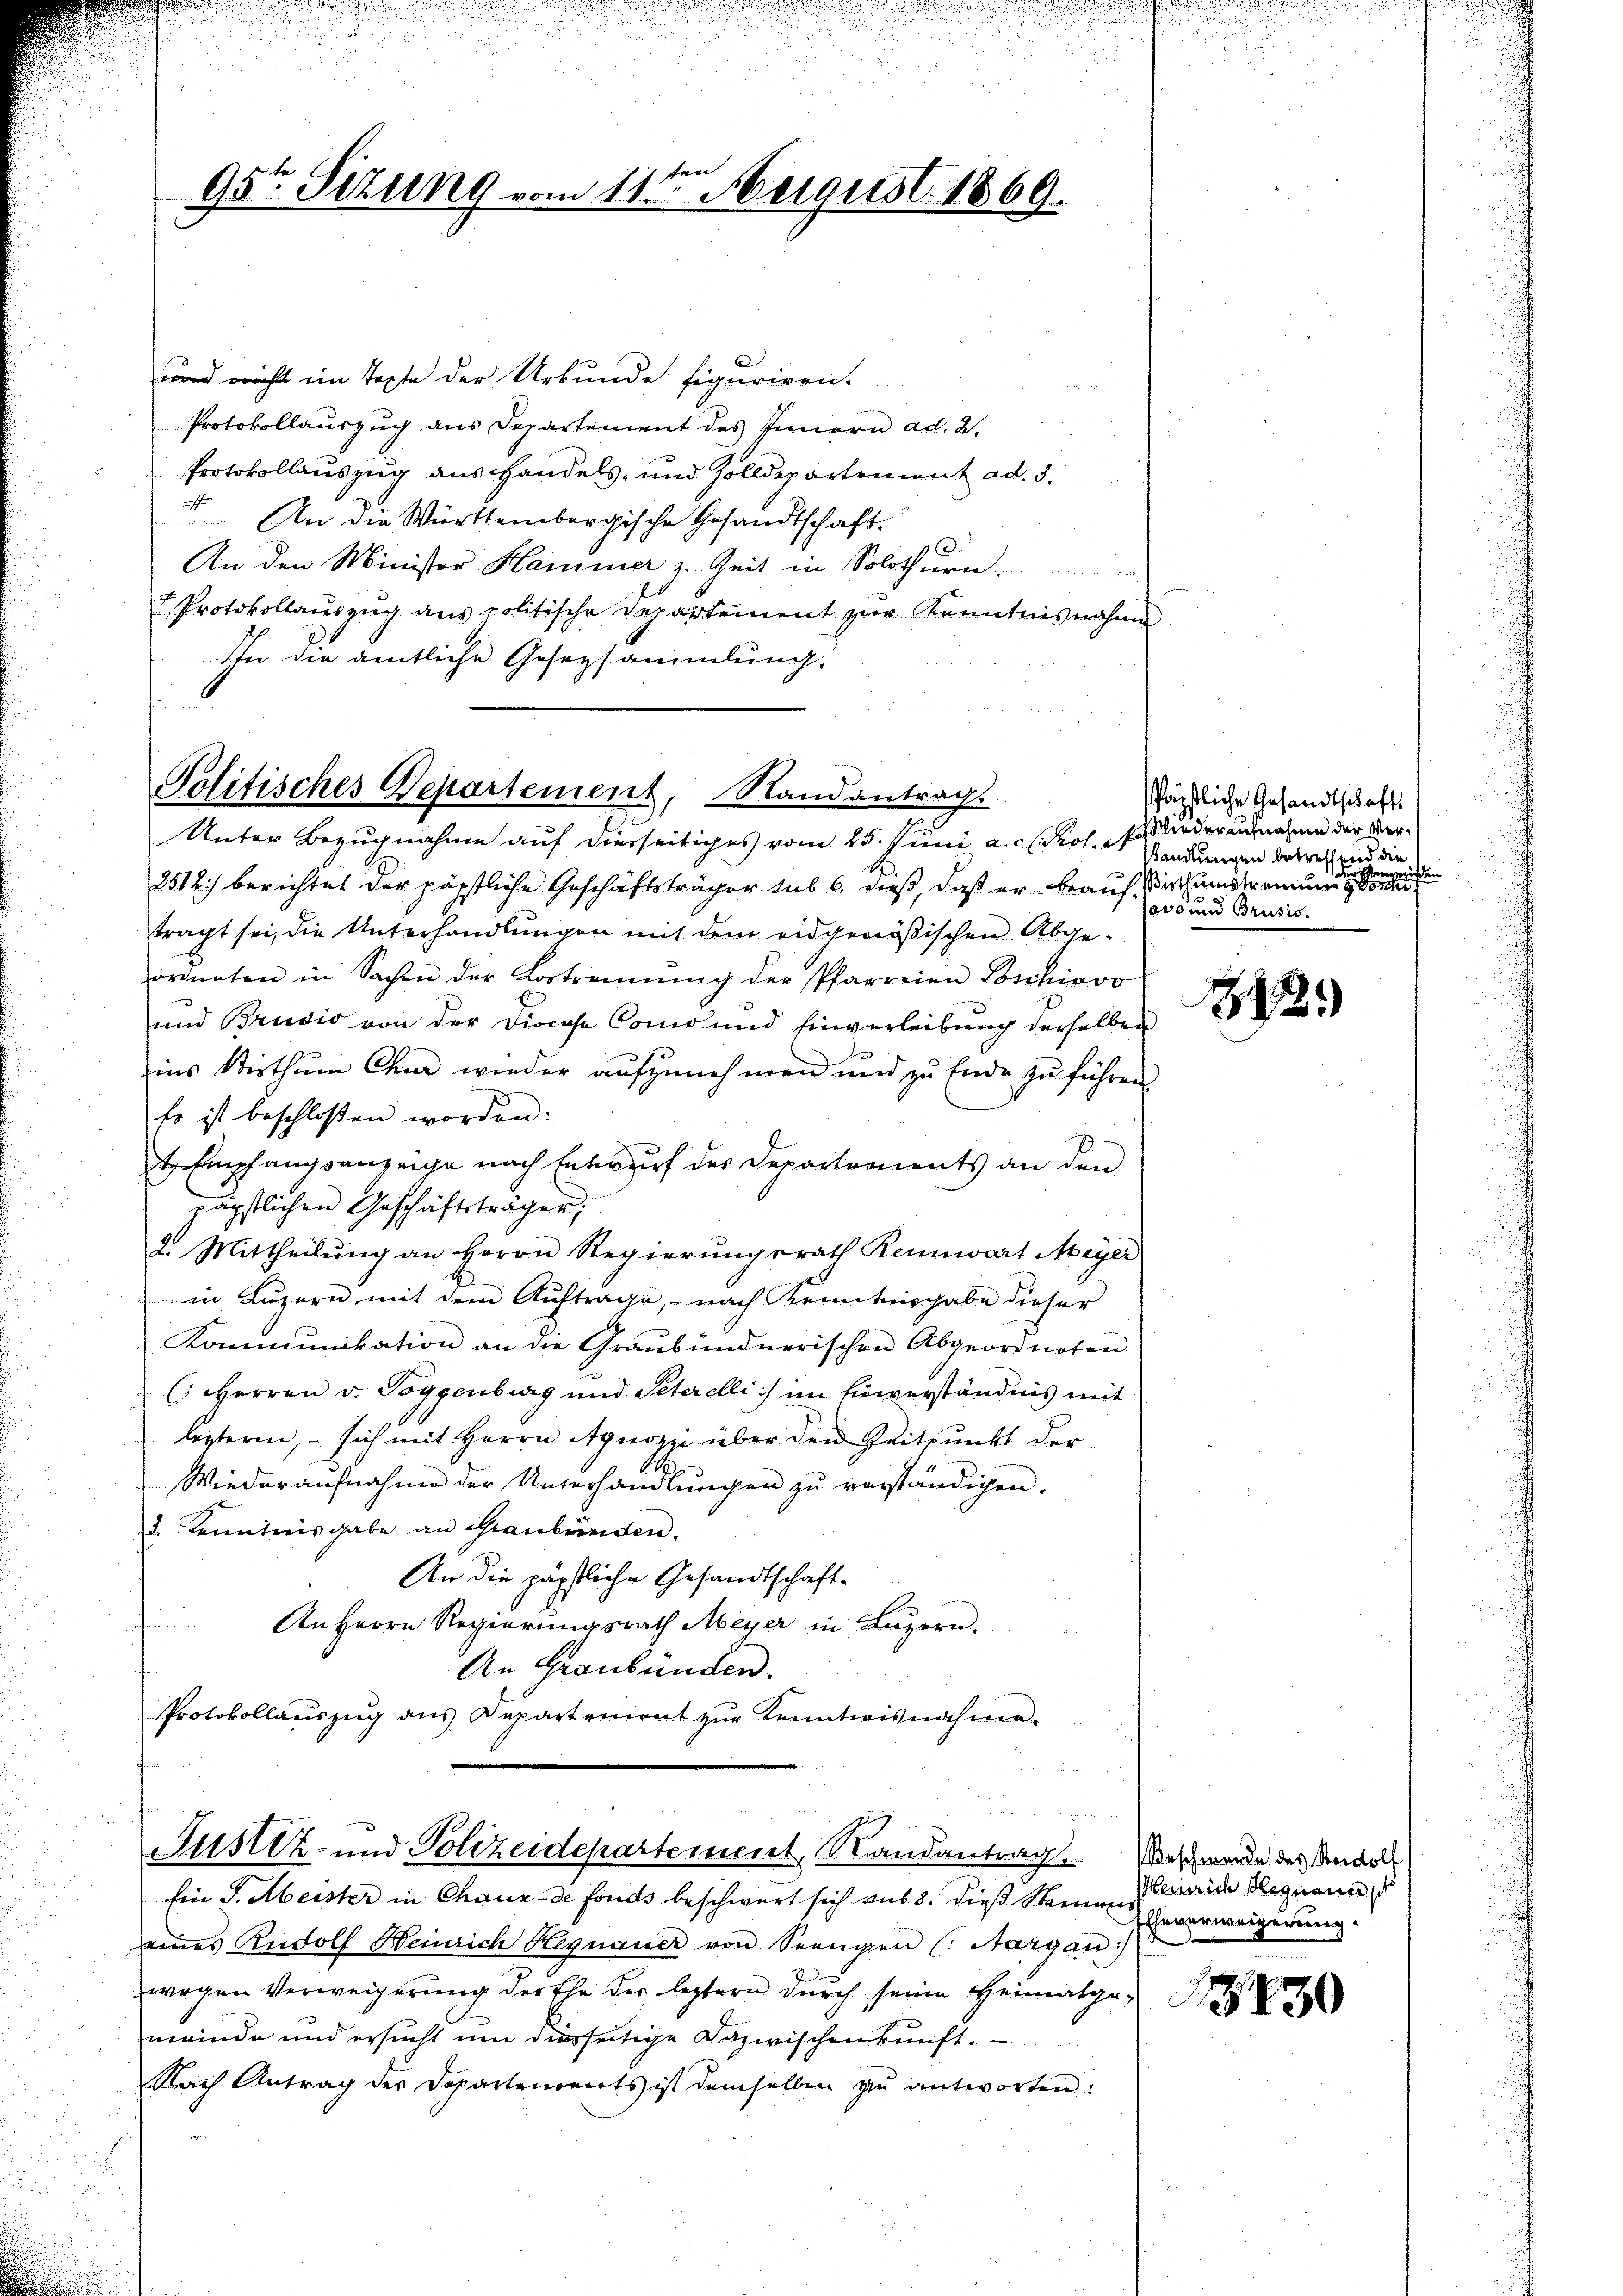
und nicht im Texte der Urkunde figuriren.
Protokollauszug aus Departement des Innern ad. 2.
Protokollauszug aus Handels- und Zolldepartement ad. 3.
4. An die Württembergische Gesandtschaft.
5
An den Minister Hammer z. Zeit in Solothurn.
t. Protokollauszug aus politische Departement zur Kenntnisnahmen
In die amtliche Gesetzsammlung.

95te Sitzung vom 11ten August 1869.

Politisches Departement, Randantrag.
Unter Bezugnahme auf dierseitiges vom 25. Juni a.c. (Kot. Wendungen betreffend die

2512) berichtet der päpstliche Geschäftsträger sub 6. dieß, daß er beaufthumstrennern sie sie er seine
tragt sei, die Unterhandlungen mit dem eidgenößischen Abgeordneten in Sachen der Vortrennung der Pfarreien Beschiovo
und Brudio von der Diocese Como und Einverleibung derselben
ins Wirthum Chur wieder aufzunehmen und zu Ende zu führen.
Er ist beschlossen worden:
t Empfangsanzeige nach Entwurf des Departements an den
päpstlichen Geschäftsträger
2. Mittheilŭng an Herrn Regierŭngsrath Rennwart Meyer
in Lŭzern mit dem Aŭftrage, nach Kenntnisgabe dieser
Kommunikation an die Graubündnerischen Abgeordneten
6 Herren v. Poggenburg und Peterelli :) im Einverständnis mit
lezteren, – sich mit Herrn Agnozzi über den Zeitpunkt der
Wiederaufnahme der Unterhandlungen zu verständigen.
d. Kenntnisgabe an Graubünden.
An die päpstliche Gesandtschaft-
An Herrn Regierungsrath Meyer in Luzern.
An Graubünden.
Protokollaŭszŭg ans Departement zŭr Kanntwisnahme.

.
Justiz- und Polizeidepartement, Randantrag
Ein G. Meister in Chaux-de fonds beschwert sich sub 8. dieß Steinens

eines Rudolf Heinrich Hegnauer von Seengen (: Aargau:
wegen Verweigerung der Ehe der leztern durch seine Heimatgemeinde und ersucht um diesseitige Dazwischenkunft.
Nach Antrag der Departenonerts ist demselben zu antworten:

päpstliche Gesandtschaft
Wiederaufnahme der Verasern
r
n
oss und Brusis.

342.

Beschwerde des Rudolf
Heinrich legann
Eheverweigerung.
d

8830